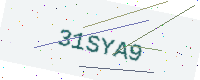
Text: 31SYA9